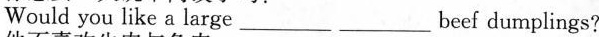
Would you like a large___ ___beef dumplings?